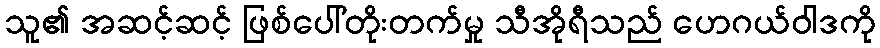
သူ၏ အဆင့်ဆင့် ဖြစ်ပေါ်တိုးတက်မှု သီအိုရီသည် ဟေဂယ်ဝါဒကို